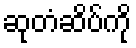
ဆုတံဆိပ်ကို